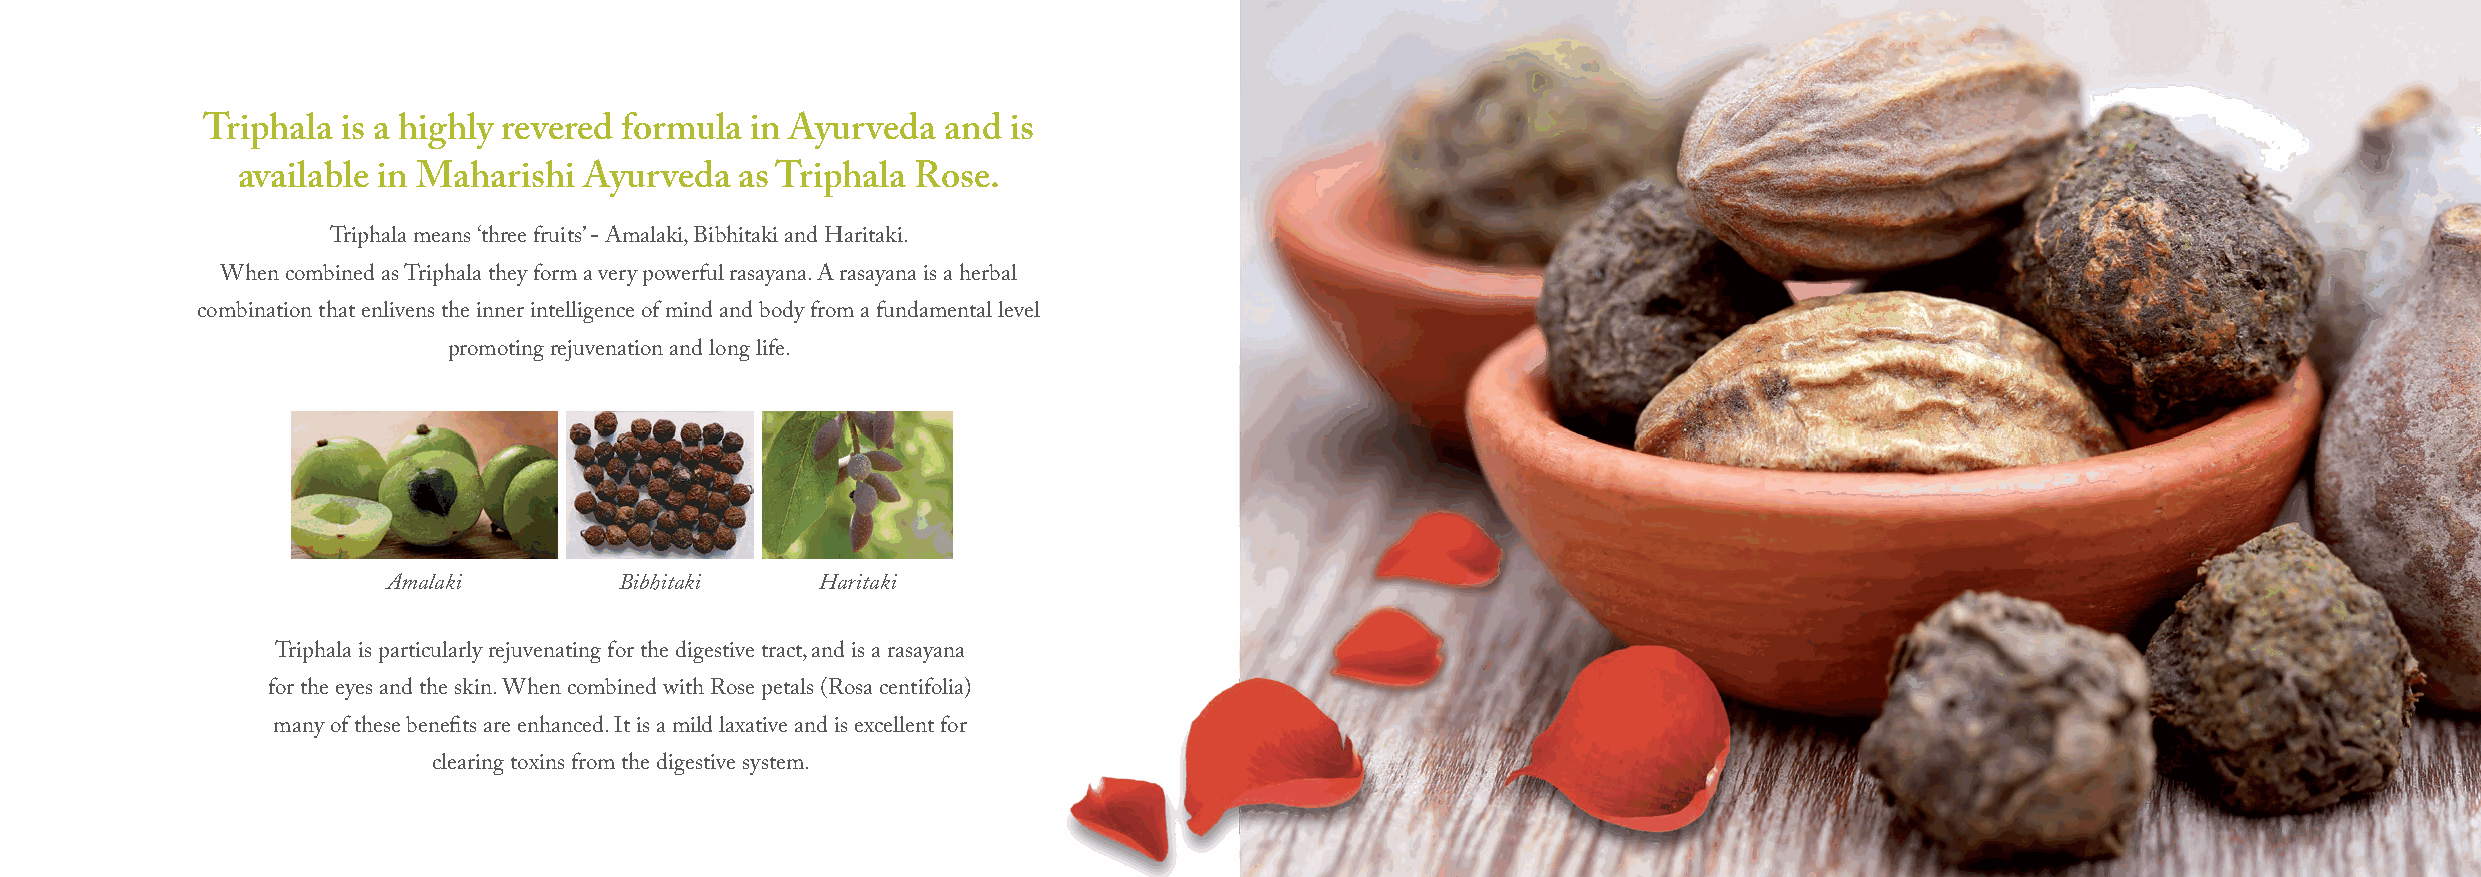
Triphala  is a highly revered formula in Ayurveda and is
 available in Maharishi Ayurveda  as Triphala Rose.
 Triphala means ‘three fruits’ - Amalaki, Bibhitaki and Haritaki.
 When combined as Triphala they form a very powerful rasayana. A rasayana is a herbal
 combination that enlivens the inner intelligence of mind and body from a fundamental level
 promoting rejuvenation and long life.
 Amalaki        Bibhitaki    Haritaki
 Triphala is particularly rejuvenating for the digestive tract, and is a rasayana
 for the eyes and the skin. When combined with Rose petals (Rosa centifolia)
 many of these benefits are enhanced. It is a mild laxative and is excellent for
 clearing toxins from the digestive system.